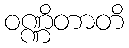
ဝဏ္ဏိတာတိ